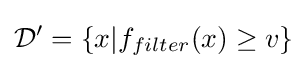
{\mathcal {D}}'=\{x|f_{filter}(x)\geq v\}